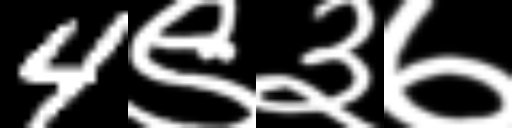
Text: 4९३७